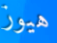
هيوز